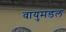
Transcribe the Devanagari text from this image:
वायुमडल